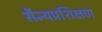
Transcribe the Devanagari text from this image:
सैन्यप्रशिक्षण